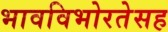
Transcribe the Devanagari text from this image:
भावविभोरतेसह